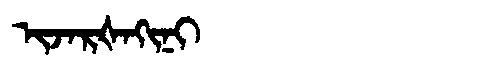
Manchu: ᡳᠵᠠᡵᡧᠠᡴᡳᠨᡳ
Romanization: IJARŠAKINI